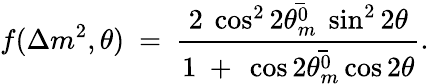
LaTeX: f(\Delta m^{2},\theta)\ =\ \frac{2\ \cos^{2}2\bar{\theta_{m}^{0}}\ \sin^{2}2\theta}{1\ +\ \cos 2\bar{\theta_{m}^{0}}\cos 2\theta}.